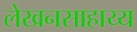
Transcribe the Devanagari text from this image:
लेखनसाहाय्य